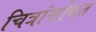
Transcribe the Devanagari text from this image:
चित्रांसोबत